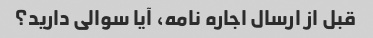
قبل از ارسال اجاره نامه، آیا سوالی دارید؟